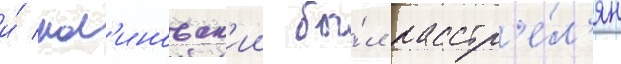
и́ мал'иновск'ии бы́л расстр'е́л'ян